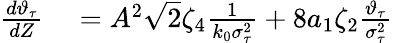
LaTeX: \begin{array}{rl}{\frac{d\vartheta_{\tau}}{dZ}}&{{}=A^{2}\sqrt{2}\zeta_{4}\frac{1}{k_{0}\sigma_{\tau}^{2}}+8a_{1}\zeta_{2}\frac{\vartheta_{\tau}}{\sigma_{\tau}^{2}}}\end{array}